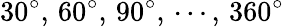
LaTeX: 30^{\circ},\, 60^{\circ},\, 90^{\circ},\, \cdots,\, 360^{\circ}